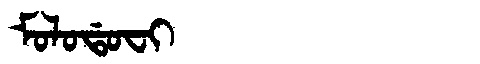
Manchu: ᠮᠣᠯᠣᡩᠣᠸᡳ
Romanization: MOLODOFI